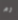
ثم